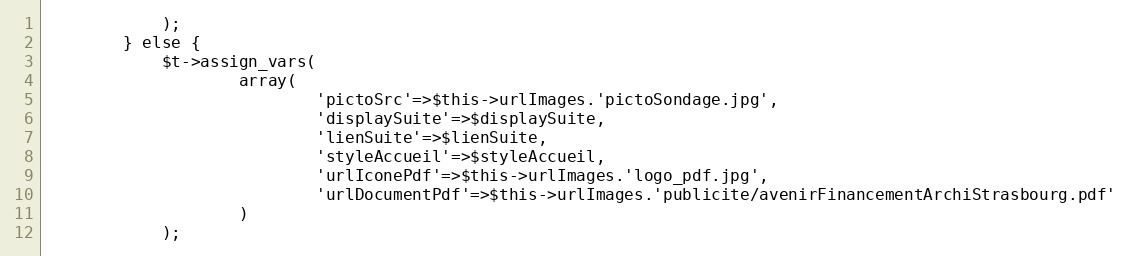
Language: PHP
			);
		} else {
			$t->assign_vars(
					array(
							'pictoSrc'=>$this->urlImages.'pictoSondage.jpg',
							'displaySuite'=>$displaySuite,
							'lienSuite'=>$lienSuite,
							'styleAccueil'=>$styleAccueil,
							'urlIconePdf'=>$this->urlImages.'logo_pdf.jpg',
							'urlDocumentPdf'=>$this->urlImages.'publicite/avenirFinancementArchiStrasbourg.pdf'
					)
			);